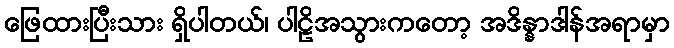
ဖြေထားပြီးသား ရှိပါတယ်၊ ပါဠိအသွားကတော့ အဒိန္နာဒါန်အရာမှာ